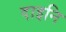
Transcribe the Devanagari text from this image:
दाइनि